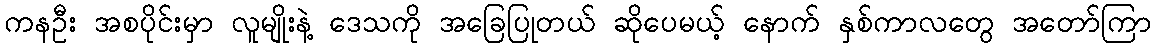
ကနဦး အစပိုင်းမှာ လူမျိုးနဲ့ ဒေသကို အခြေပြုတယ် ဆိုပေမယ့် နောက် နှစ်ကာလတွေ အတော်ကြာ